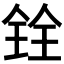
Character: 𫤪